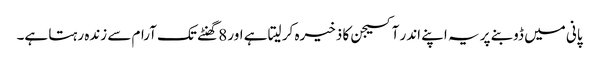
پانی میں ڈوبنے پر یہ اپنے اندر آکسیجن کا ذخیرہ کر لیتا ہے اور 8 گھنٹے تک آرام سے زندہ رہتا ہے۔